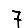
Digit: 7